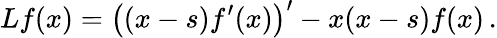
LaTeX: Lf(x)=\left(\left(x-s\right)f^{\prime}(x)\right)^{\prime}-x(x-s)f(x)\, .